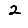
Digit: 2